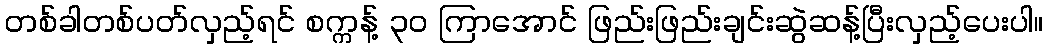
တစ်ခါတစ်ပတ်လှည့်ရင် စက္ကန့် ၃၀ ကြာအောင် ဖြည်းဖြည်းချင်းဆွဲဆန့်ပြီးလှည့်ပေးပါ။